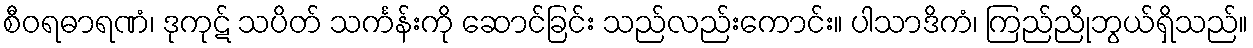
စီဝရဓာရဏံ၊ ဒုကုဋ် သပိတ် သင်္ကန်းကို ဆောင်ခြင်း သည်လည်းကောင်း။ ပါသာဒိကံ၊ ကြည်ညိုဘွယ်ရှိသည်။